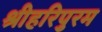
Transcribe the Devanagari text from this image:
श्रीहरिपुरम